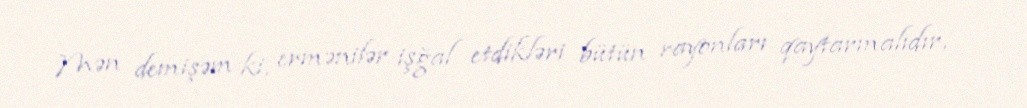
Mən demişəm ki, ermənilər işğal etdikləri bütün rayonları qaytarmalıdır,